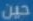
حين